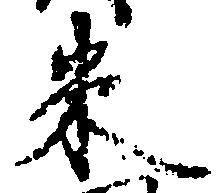
米